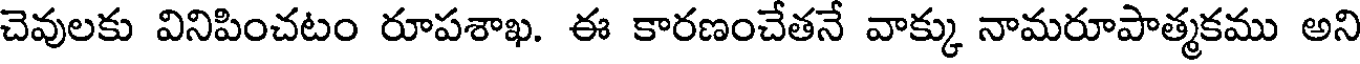
చెవులకు వినిపించటం రూపశాఖ. ఈ కారణంచేతనే వాక్కు నామరూపాత్మకము అని